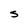
Character: S